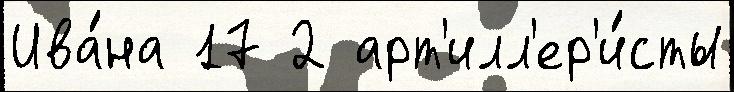
Ива́на 17 2 арт'илл'ер'и́сты